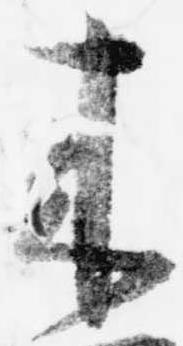
来